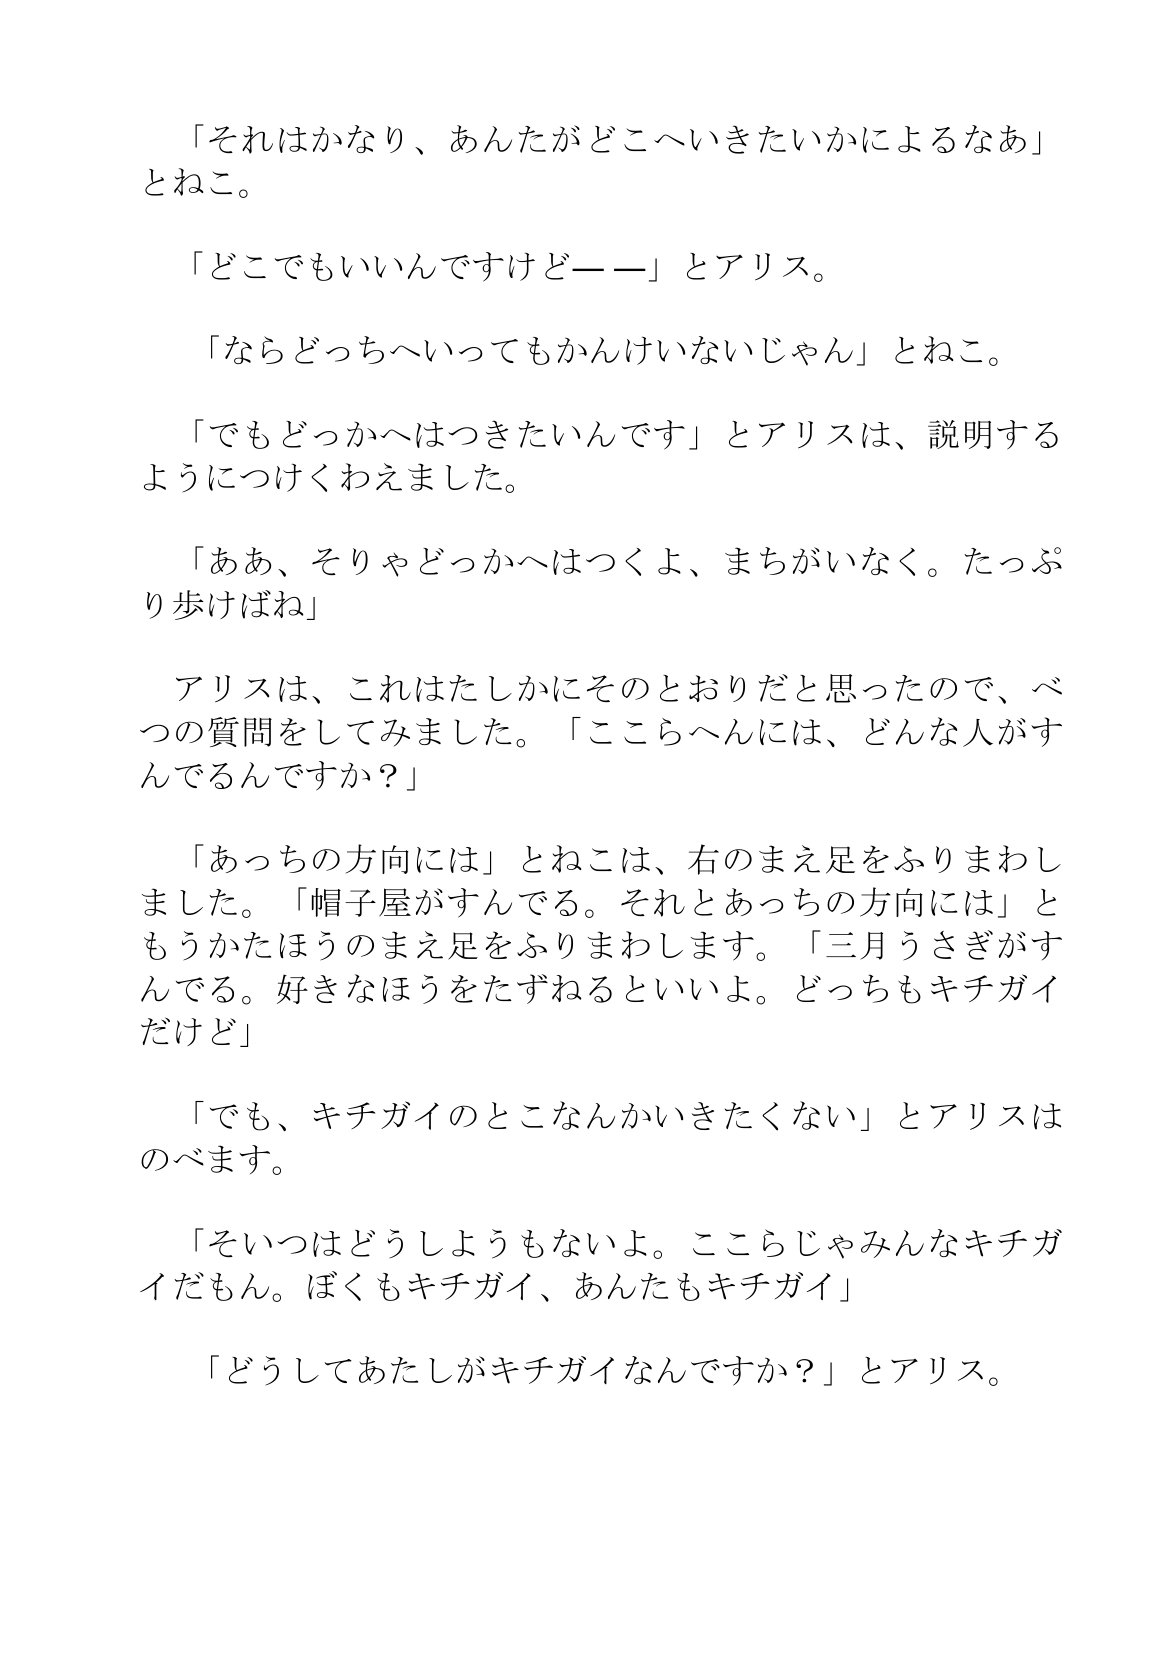
Language: ja